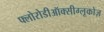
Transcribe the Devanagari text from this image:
फ्लोरोडीऑक्सीग्लूकोज़